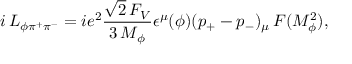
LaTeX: i \, { \cal L } _ { \phi \pi ^ { + } \pi ^ { - } } = i e ^ { 2 } \frac { \sqrt { 2 } \, F _ { V } } { 3 \, M _ { \phi } } \epsilon ^ { \mu } ( \phi ) ( p _ { + } - p _ { - } ) _ { \mu } \, F ( M _ { \phi } ^ { 2 } ) ,